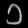
Digit: ၁